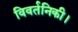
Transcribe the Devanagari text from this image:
विवर्तनिकी।